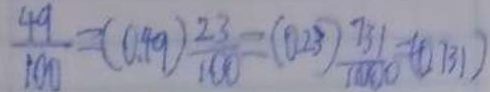
\frac { 4 9 } { 1 0 0 } = ( 0 . 4 9 ) \frac { 2 3 } { 1 0 0 } = ( 0 . 2 3 ) \frac { 7 3 1 } { 1 0 0 0 } = ( 0 . 7 3 1 )